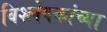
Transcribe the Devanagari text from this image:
विश्लेषकांच्या